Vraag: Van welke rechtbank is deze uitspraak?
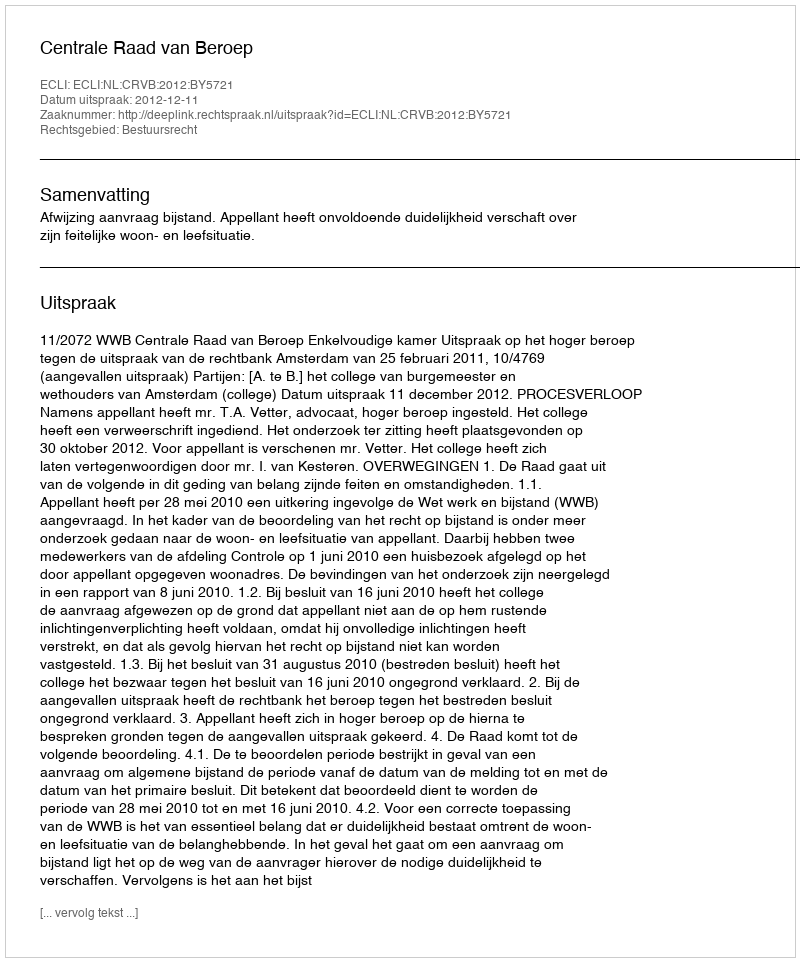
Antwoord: Centrale Raad van Beroep